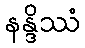
နန္ဒိဿံ